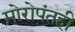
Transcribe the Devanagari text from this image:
मोरोपंतही